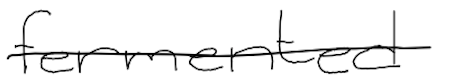
Text: fermented
Cross-out: single-line
Writing tool: digital_black